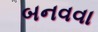
બનવવા